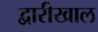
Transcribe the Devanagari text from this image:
द्वारीखाल